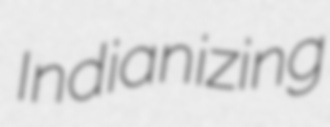
Indianizing